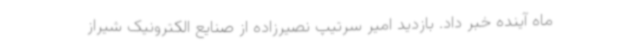
ماه آینده خبر داد. بازدید امیر سرتیپ نصیرزاده از صنایع الکترونیک شیراز